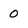
Character: 0